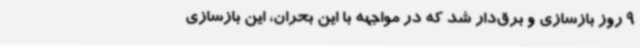
9 روز بازسازی و برق‌دار شد که در مواجهه با این بحران، این بازسازی